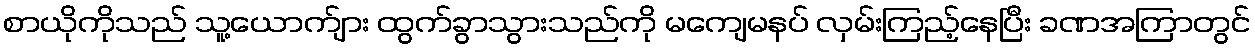
စာယိုကိုသည် သူ့ယောက်ျား ထွက်ခွာသွားသည်ကို မကျေမနပ် လှမ်းကြည့်နေပြီး ခဏအကြာတွင်